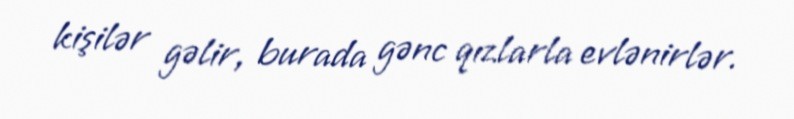
kişilər gəlir, burada gənc qızlarla evlənirlər.